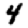
Digit: 4